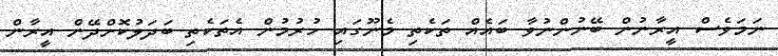
ނަމަވެސް އީރާނުން ބޭނުންނުވާ ބައެއް ތަކެތި މެނޫގައި ހުރުމުން އެތަކެތި ބަދަލުކޮށްދޭން އީރާން